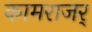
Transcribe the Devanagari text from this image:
कामराजर्